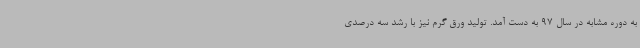
به دوره مشابه در سال 97 به دست آمد. تولید ورق گرم نیز با رشد سه درصدی